Vaccination in Burma 1920-1933 - 1920-1933
Year: 1920
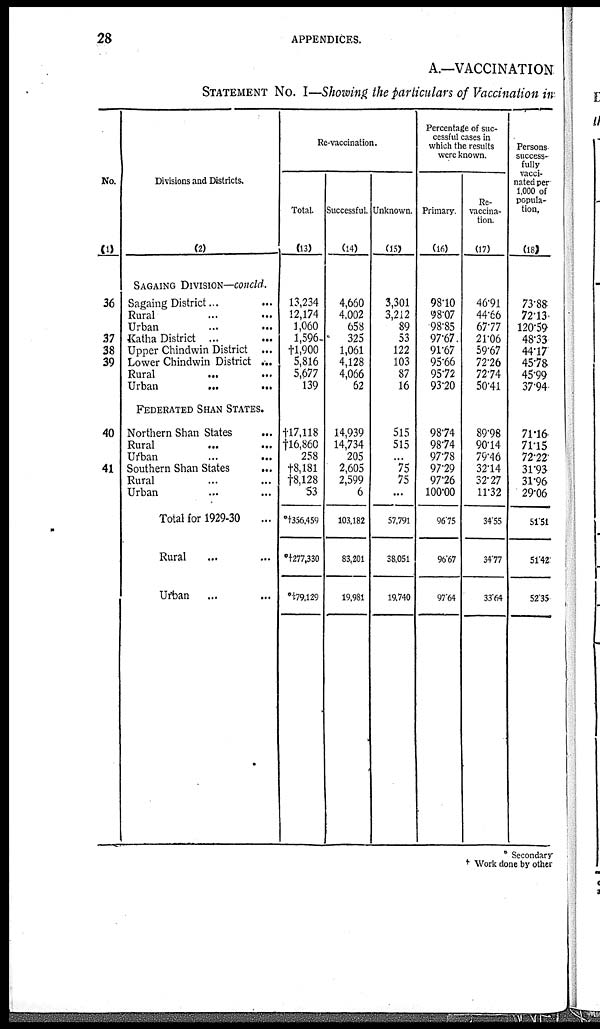
28
APPENDICES.
A.—VACCINATION
STATEMENT No. I—Showing the particulars of Vaccination in
No.
(1)
36
37
38
39
40
41
Divisions and Districts.
(2)
SAGAING DIVISION—concld.
Sagaing District... ...
Rural... ...
Urban...
...
Katha District... ...
Upper Chindwin District ...
Lower Chindwin
District...
Rural...
...
Urban... ...
FEDERATED SHAN STATES.
Northern Shan States...
Rural ... ...
Urban... ...
Southern Shan
States...
Rural... ...
Urban... ...
Total for 1929-30...
Rural... ...
Urban... ...
Re-vaccination.
Total.
(13)
13,234
12,174
1,060
1,596
†l,900
5,816
5,677
139
†17,118
†16,860
258
†8,181
†8,128
53
*†356,459
*†277,330
*†79,129
Successful.
(14)
4,660
4,002
658
325
1,061
4,128
4,066
62
14,939
14,734
205
2,605
2,599
6
103,182
83,201
19,981
Unknown.
(15)
3,301
3,212
89
53
122
103
87
16
515
515
...
75
75
...
57,791
38,051
19,740
Percentage of suc-
cessful cases in
which the results
were known.
Primary.
(16)
98.10
98.07
98.85
97.67
91.67
95.66
95.72
93.20
98.74
98.74
97.78
97.29
97.26
100.00
96.75
96.67
97.64
Re-
vaccina-
tion.
(17)
46.91
44.66
67.77
21.06
59.67
72.26
72.74
50.41
89.98
90.14
79.46
32.14
32.27
11.32
34.55
34.77
33.64
Persons-
success-
fully
vacci-
nated per
1,000 of
popula-
tion.
(18)
73.88
72.13
120.59
48.33
44.17
45.78
45.99
37.94
71.16
71.15
72.22
31.93
31.96
29.06
51.51
51.42
52.35
* Secondary
† Work done by other